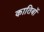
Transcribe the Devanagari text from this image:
कातिबों